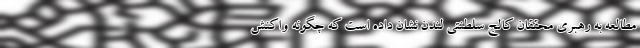
مطالعه به رهبری محققان کالج سلطنتی لندن نشان داده است که چگونه واکنش